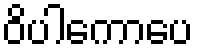
ဝိပါကောပေ